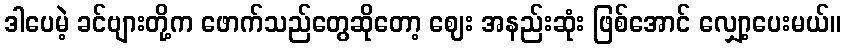
ဒါပေမဲ့ ခင်ဗျားတို့က ဖောက်သည်တွေဆိုတော့ ဈေး အနည်းဆုံး ဖြစ်အောင် လျှော့ပေးမယ်။